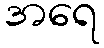
အရေ